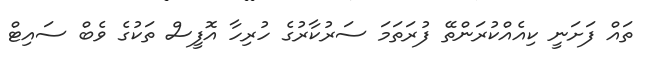
ތައް ފަށަނީ ކިއެއްކުރަންތޭ ފުރަތަމަ ސަރުކާރުގެ ހުރިހާ އޮފީސް ތަކުގެ ވެބް ސައިޓް